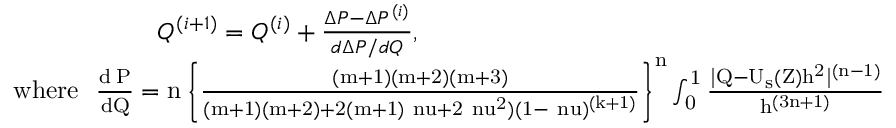
\begin{array} { r } { Q ^ { ( i + 1 ) } = Q ^ { ( i ) } + \frac { \Delta P - \Delta P ^ { ( i ) } } { d \Delta P / d Q } , ~ ~ ~ ~ ~ ~ ~ ~ ~ ~ ~ ~ ~ ~ ~ ~ ~ ~ ~ ~ ~ ~ ~ ~ ~ ~ ~ ~ ~ ~ ~ ~ ~ ~ ~ ~ ~ ~ ~ ~ ~ ~ ~ ~ ~ ~ ~ ~ ~ ~ ~ ~ ~ ~ ~ ~ ~ ~ ~ ~ ~ ~ ~ } \\ { \mathrm { { w h e r e } ~ ~ \frac { d \Delta P } { d Q } = n \left\{ \frac { ( m + 1 ) ( m + 2 ) ( m + 3 ) } { ( m + 1 ) ( m + 2 ) + 2 ( m + 1 ) \ n u + 2 \ n u ^ { 2 } ) ( 1 - \ n u ) ^ { ( k + 1 ) } } \right\} ^ { n } \int _ { 0 } ^ { 1 } \frac { | Q - U _ { s } ( Z ) h ^ { 2 } | ^ { ( n - 1 ) } } { h ^ { ( 3 n + 1 ) } } d Z . ~ ~ ~ ~ } } \end{array}